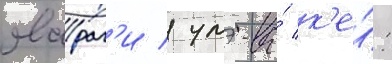
явараг'и / умэ-ва́ к'е́: